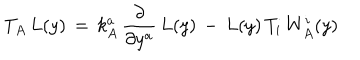
T _ { A } \, L ( y ) \, = \, k _ { A } ^ { a } \, \frac { \partial } { \partial y ^ { a } } \, L ( y ) \, - \, L ( y ) \, T _ { i } \, W _ { A } ^ { i } ( y )